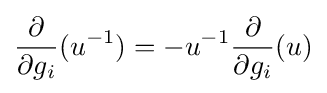
{\frac {\partial }{\partial g_{i}}}(u^{-1})=-u^{-1}{\frac {\partial }{\partial g_{i}}}(u)